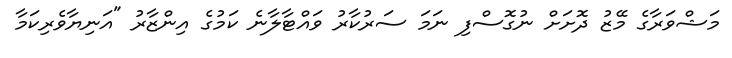
މަޝްވަރާގެ މޭޒު ދޮށަށް ނުގޮސްފި ނަމަ ސަރުކާރު ވައްޓާލާނެ ކަމުގެ އިންޒާރު "އަނިޔާވެރިކަމާ